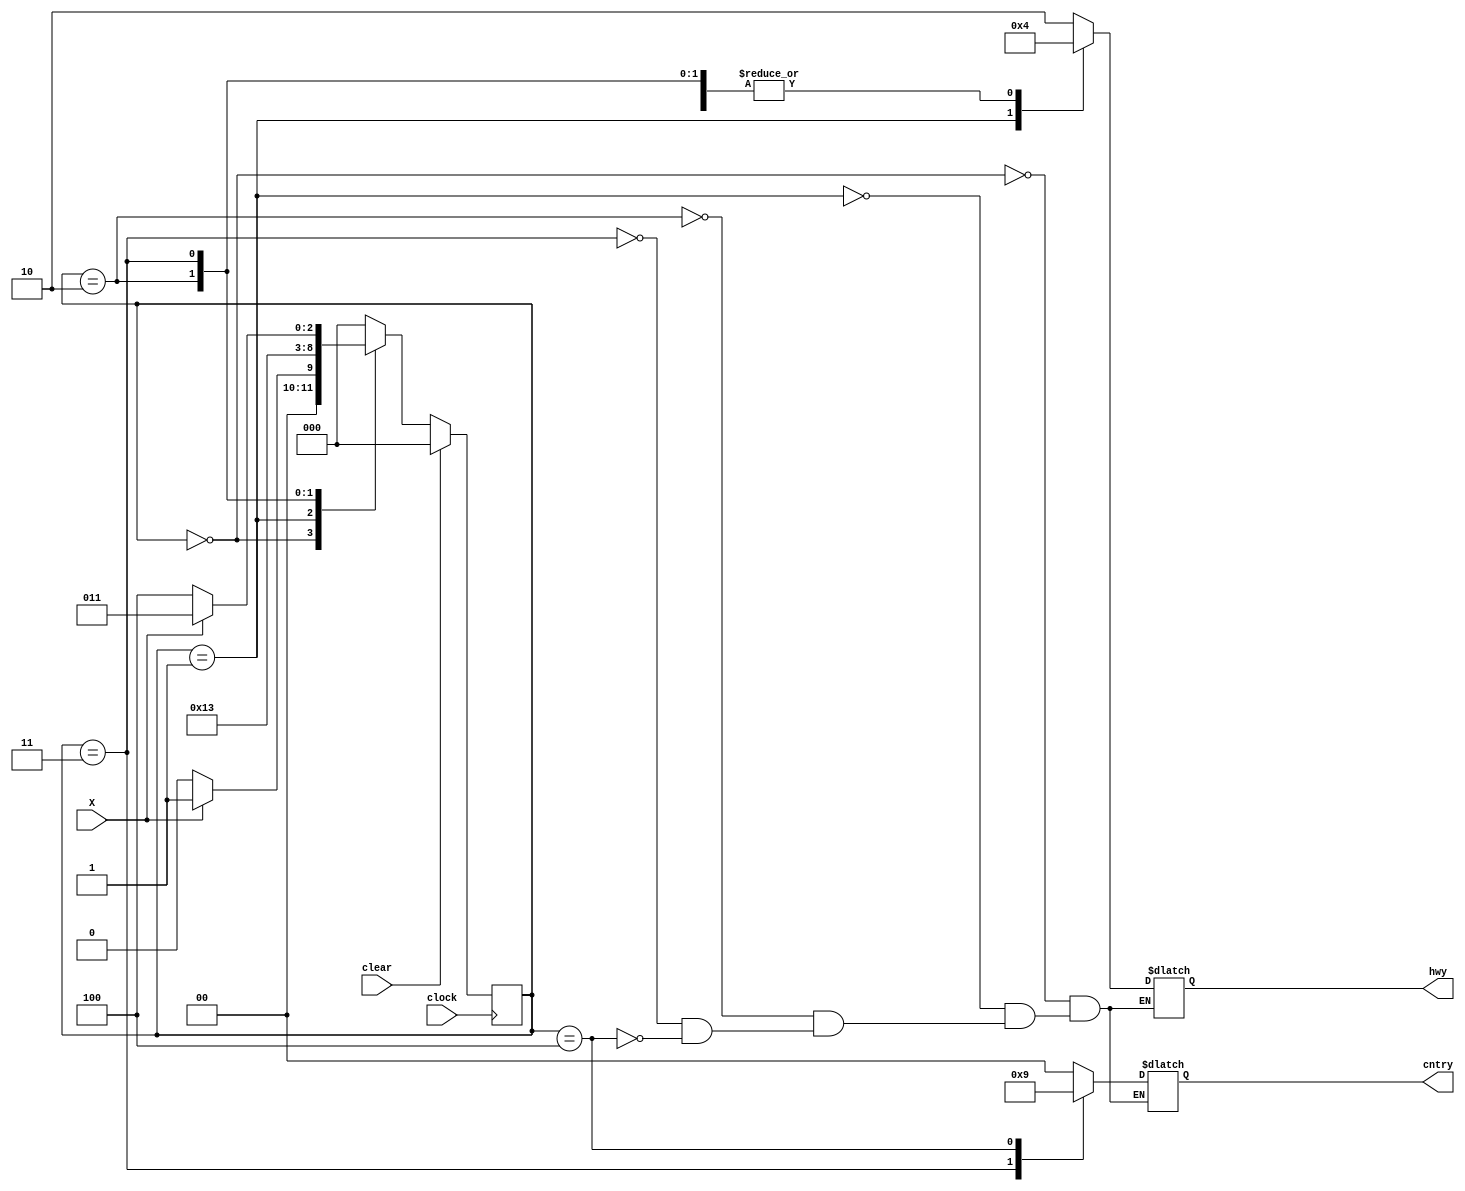
`define TRUE 1'b1
`define FALSE 1'b0
`define RED 2'd0
`define YELLOW 2'd1
`define GREEN 2'd2

//state definition    HWY     CNTRY
`define S0   3'd0   //GREEN   RED
`define S1   3'd1  //YELLOW   RED
`define S2   3'd2  //RED      RED
`define S3   3'd3  //RED      GREEN
`define S4   3'd4  //RED      YELLOW

//Delays
`define Y2RDELAY 3
`define R2GDELAY 2

module traffic_light_controller (hwy,cntry,X,clock,clear);

input clock,clear,X;
output [1:0] hwy,cntry;
reg [1:0] hwy,cntry;
reg [2:0] state;
reg [2:0] next_state;

//STATE S0
initial 
begin
	state = `S0;
	next_state = `S0;
	hwy = `GREEN;
	cntry = `RED;
end

always @ (posedge clock)
	state = next_state;

always @ (state)
begin

case(state)
`S0: begin
	hwy = `GREEN;
	cntry = `RED;
     end
`S1: begin
	hwy = `YELLOW;
	cntry = `RED;
     end
`S2: begin
	hwy = `RED;
	cntry = `RED;
     end
`S3: begin
	hwy = `RED;
	cntry = `GREEN;
     end
`S4: begin
	hwy = `RED;
	cntry = `YELLOW;
     end
endcase
end

//state machine
always @ (state or X or clear)
begin
  if (clear)
	next_state = `S0;
  else
   case(state)
  `S0: if(X)
	next_state = `S1;
      else
	next_state = `S0;

  `S1: begin
	repeat(`Y2RDELAY);
	next_state = `S2;
       end
  `S2: begin
	repeat(`R2GDELAY);
	next_state = `S3;
       end
  `S3: if(X)
	next_state = `S3;
       else
	next_state = `S4;
  `S4: begin
     	repeat(`Y2RDELAY);
	next_state = `S0;
       end
   default:next_state = `S0;
   endcase
end
endmodule